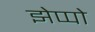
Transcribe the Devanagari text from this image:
झेप्पो